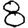
Digit: 8